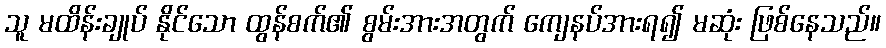
သူ မထိန်းချုပ် နိုင်သော ထွန်စက်၏ စွမ်းအားအတွက် ကျေနပ်အားရ၍ မဆုံး ဖြစ်နေသည်။